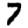
Digit: 7